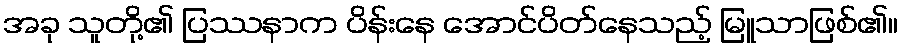
အခု သူတို့၏ ပြဿနာက ပိန်းနေ အောင်ပိတ်နေသည့် မြူသာဖြစ်၏။